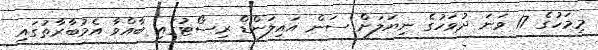
މިމަހުގެ 17 ވަނަ ދުވަހުގެ ނިޔަލަށް ސަން އައިލަންޑް ރިސޯޓުގައި ބާއްވާ އެމުބާރާތުގައި